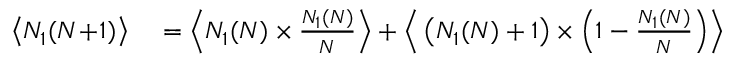
\begin{array} { r l } { \big \langle N _ { 1 } ( N \! + \! 1 ) \big \rangle } & { { } = \Big \langle N _ { 1 } ( N ) \times \frac { N _ { 1 } ( N ) } { N } \Big \rangle + \Big \langle \left( N _ { 1 } ( N ) + 1 \right) \times \Big ( 1 - \frac { N _ { 1 } ( N ) } { N } \Big ) \Big \rangle } \end{array}